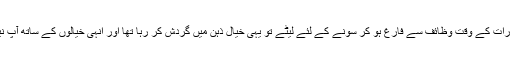
تیسری رات کو جب آپ آدھی رات کے وقت وظائف سے فارغ ہو کر سونے کے لئے لیٹے تو یہی خیال ذہن میں گردش کر رہا تھا اور انہی خیالوں کے ساتھ آپ نیند کی وادیوں میں چلے گئے۔